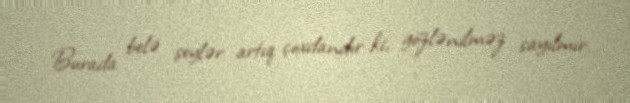
Burada belə şeylər artıq çoxdandır ki, gözlənilməz sayılmır.